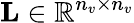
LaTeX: \textbf{L}\in\mathbb{R}^{n_{v}\times n_{v}}